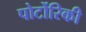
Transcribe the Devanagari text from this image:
पोर्टोरिकी